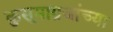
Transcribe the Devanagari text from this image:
कुसूमाग्रजांच्‍या